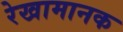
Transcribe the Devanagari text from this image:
रेखामानक